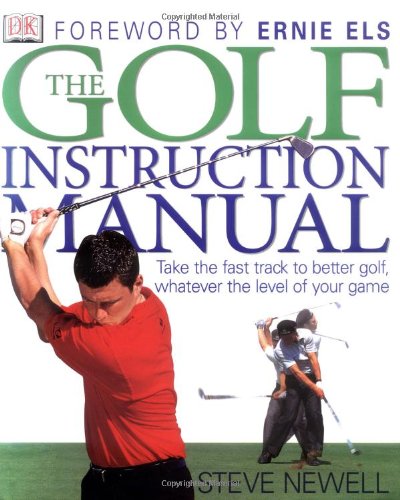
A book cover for The Golf Instruction Manual; Steve Newell; Sports & Outdoors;